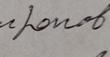
Signature authenticity: forged